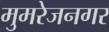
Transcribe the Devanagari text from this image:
मुमरेजनगर